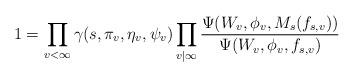
LaTeX: \begin{align*}1=\prod_{v<\infty}\gamma(s,\pi_v,\eta_v,\psi_v) \prod_{v|\infty}\frac{\Psi(W_v, \phi_v, M_s(f_{s,v}))}{\Psi(W_v, \phi_v, f_{s,v})}\end{align*}